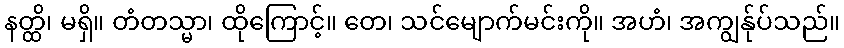
နတ္ထိ၊ မရှိ။ တံတသ္မာ၊ ထိုကြောင့်။ တေ၊ သင်မျောက်မင်းကို။ အဟံ၊ အကျွန်ုပ်သည်။